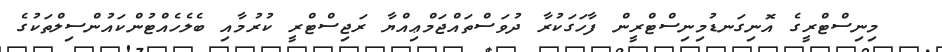
މިނިސްޓްރީގެ އޮނިގަނޑުމިނިސްޓްރީން ފާހަގަކުރާ ދުވަސްތައްޖަމްޢިއްޔާ ރަޖިސްޓްރީ ކުރުމާއި ބެލެހެއްޓުންކައުންސިލްތަކުގެ